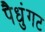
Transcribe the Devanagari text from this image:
पैधुंगट